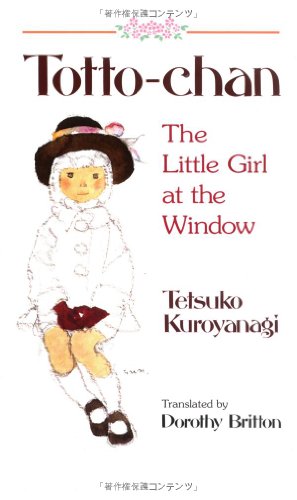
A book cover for Totto-Chan: The Little Girl at the Window; Tetsuko Kuroyanagi; Biographies & Memoirs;